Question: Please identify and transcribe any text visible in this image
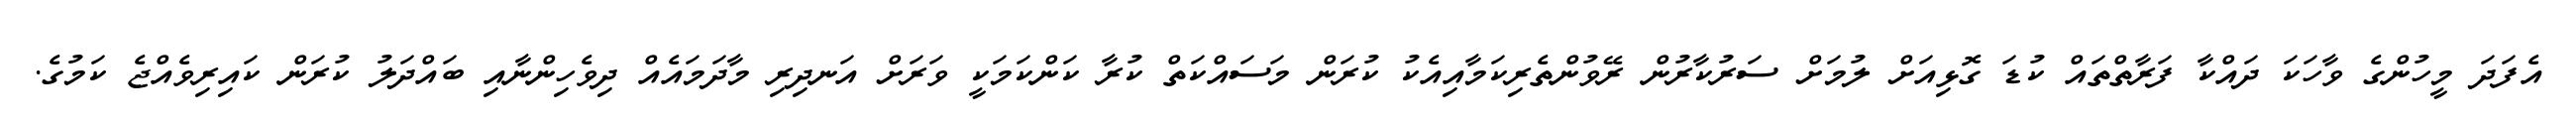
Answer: އެފަދަ މީހުންގެ ވާހަކަ ދައްކާ ފަރާތްތައް ކުޑަ ގޮޅިއަށް ލުމަށް ސަރުކާރުން ރޭވުންތެރިކަމާއިއެކު ކުރަން މަސައްކަތް ކުރާ ކަންކަމަކީ ވަރަށް އަނދިރި މާދަމައެއް ދިވެހިންނާއި ބައްދަލު ކުރަން ކައިރިވެއްޖެ ކަމުގެ.